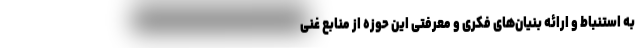
به استنباط و ارائه بنیان‌های فکری و معرفتی این حوزه از منابع غنی